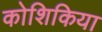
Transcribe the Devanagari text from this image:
कोशिकिया